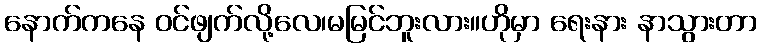
နောက်ကနေ ဝင်ဖျက်လို့လေ၊မမြင်ဘူးလား။ဟိုမှာ ရေးနား နာသွားတာ